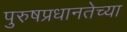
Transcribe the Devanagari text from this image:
पुरुषप्रधानतेच्या